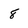
Character: 8